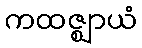
ကထဇ္ဈာယံ